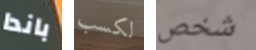
باندا لكسب شخص